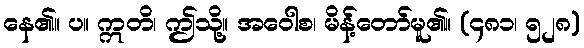
နေ၏။ ပ။ ဣတိ၊ ဤသို့။ အဝေါစ၊ မိန့်တော်မူ၏။ (၄၈၁၊ ၅၂၈)